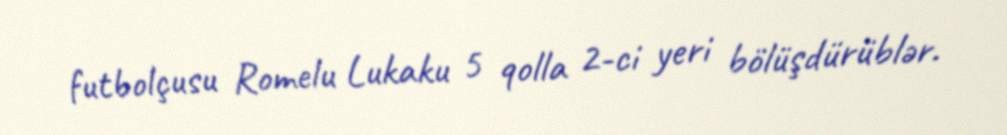
futbolçusu Romelu Lukaku 5 qolla 2-ci yeri bölüşdürüblər.